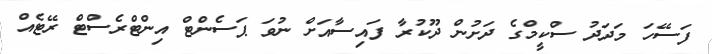
ފަސޭހަ މަދަދު ސްކީމްގެ ދަށުން ދޫކުރާ ފައިސާއަށް ނުވަ ޕަސެންޓް އިންޓްރެސްޓް ރޭޓެއް